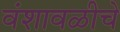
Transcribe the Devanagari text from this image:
वंशावळीचे